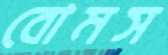
বোমস